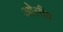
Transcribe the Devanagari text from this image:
ओलीव